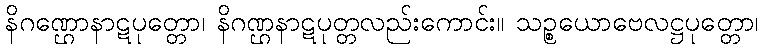
နိဂဏ္ဌောနာဋပုတ္တော၊ နိဂဏ္ဌနာဋပုတ္တလည်းကောင်း။ သဉ္စယောဗေလဋ္ဌပုတ္တော၊